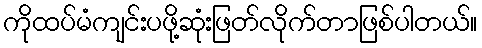
ကိုထပ်မံကျင်းပဖို့ဆုံးဖြတ်လိုက်တာဖြစ်ပါတယ်။